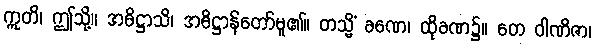
ဣတိ၊ ဤသို့။ အဓိဋ္ဌာသိ၊ အဓိဋ္ဌာန်တော်မူ၏။ တသ္မိံ ခဏေ၊ ထိုခဏ၌။ တေ ဝါဏိဇာ၊